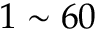
1 \sim 6 0